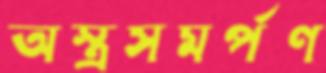
অস্ত্রসমর্পণ